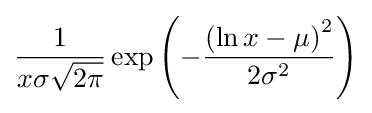
{\frac {1}{x\sigma {\sqrt {2\pi }}}}\exp \left(-{\frac {\left(\ln x-\mu \right)^{2}}{2\sigma ^{2}}}\right)